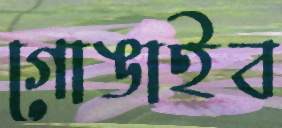
গোঙাইব